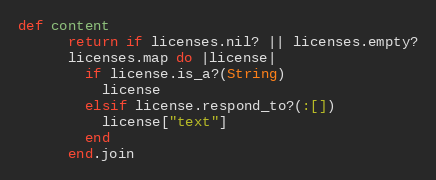
Language: Ruby
def content
      return if licenses.nil? || licenses.empty?
      licenses.map do |license|
        if license.is_a?(String)
          license
        elsif license.respond_to?(:[])
          license["text"]
        end
      end.join